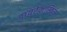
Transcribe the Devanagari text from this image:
डायरेक्टस्किन